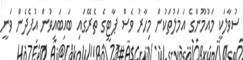
ސުވާލަކީ މައުމޫންގެ އަމަލުތަކުން މިހާރު ވެސް ޕާޓީގެ ތެރޭގައި ބައިބައިވުން އުފެދެން ވަނީ